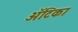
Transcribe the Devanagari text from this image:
अॅटिका